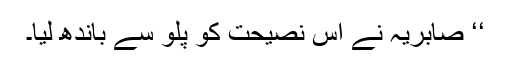
‘‘ صابریہ نے اس نصیحت کو پلو سے باندھ لیا۔